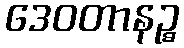
ဒေဝတာနဉ္စ